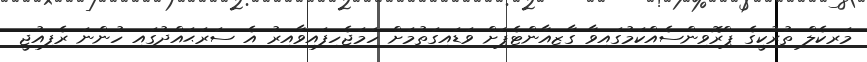
މަރކެލް ތުރުކީގެ ޕްރޮވިންސެއްކަމުގައިވާ ގާޒިއާންޓެޕަށް ވަޑައިގަތުމަށް ހަމަޖެހިފައިވާއިރު އެ ސަރަޙައްދުގައި ހުންނަ ރެފިއުޖީ